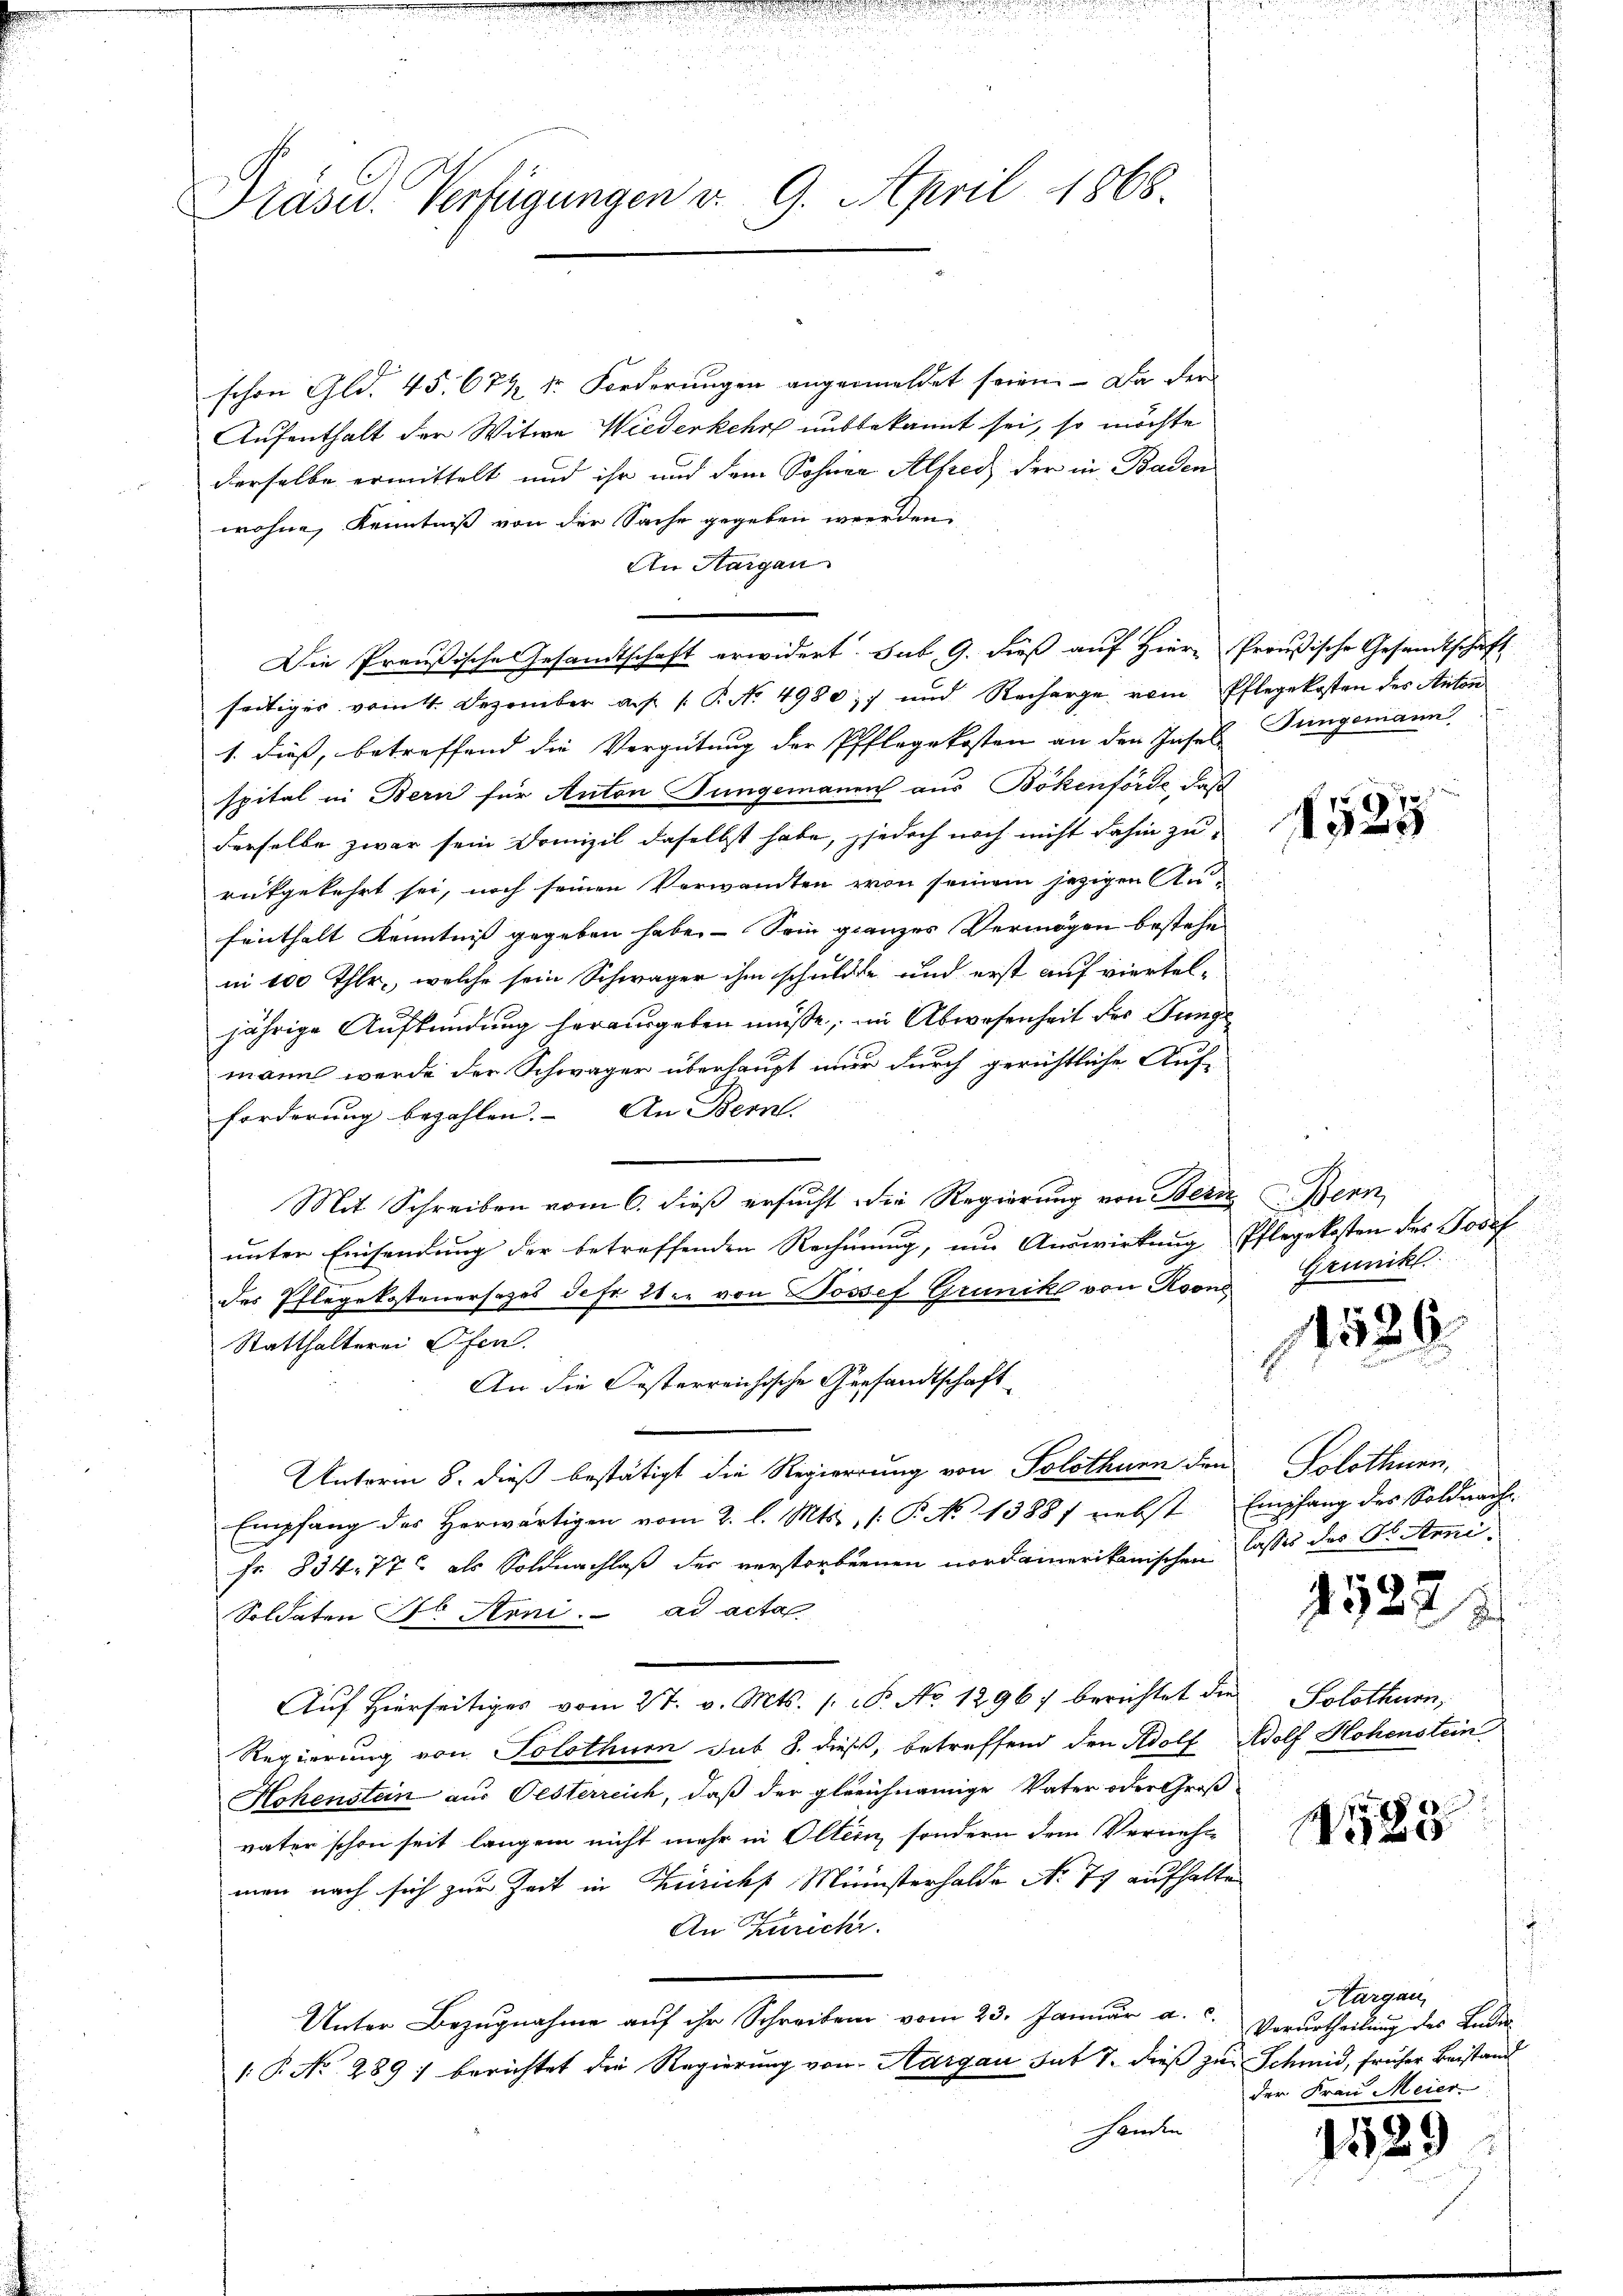
Präsid.. Verfügungen v. 9. April 1868.

schon Gld. 45. 674 der Forderungen angemeldet seien. – Da der
Aufenthalt der Witwe Wiederkehr unbekannt sei, so möchte
derselbe ermittelt und ihr und dem Sohnen Alfred der in Baden
wohne, Kenntniß von der Sache gegeben werden.
An Aargau
Die Preußische Gesandtschaft erwidert. sub. 9. dieß auf Hiern Preußische Gesandtschaft
seitiges vom 4. Dezember a. p. P. No 4980; und Recharge vom Pflegekosten des Anton
1. dieß, betreffend die Vergütung der Pflegekosten an den Josef Jungemann
spital in Bern für Anton Jungemanen aus Bökenförde, daß
derselbe zwar sein Domizil daselbst habe, jjedoch noch nicht dahin zu
rükgekehrt sei, noch seinen Verwandten von seinem jezigen An-
fenthalt Kenntniß gegeben habe. - Sein ganzes Vermögen bestehe
nn 100 Thlr., welche sein Schwäger ihm schuldte und erst auf vierteljährige Aufkündung herausgeben müsse, im Abwesenheit der Dünge
mann werde der Schwäger überhaupt immer durch gerichtliche Auf-
forderung bezahlen. An Bern.
Mit Schreiben vom 6. dieß ersucht die Regierung von Bern
unter Einsendung der betreffenden Rechnung, um Auswirkung Pflegekosten des Josef
des Pflegekostenersages Jefr. 28. von Josef Grunike von Kons
Statthalterei Ofen.
An die Festerreichische Gesandtschaft
Unterm 8. dieß bestätigt die Regierung von Solothurn den
Empfang des Herwärtigen vom 2. l. Mts., /: P. No 1388f nebst Empfang des Soldnach-
fr. 834. 77 als Soldnachlaß der verstorbennen nordamerikanischen lasses des Dr. Steue
Soldaten F. Aoni. ad acta
Auf hierseitiges vom 27. v. Mts. 1. P. No 1296) berichtet die
Regierung von Solothur sub 8. dieß, betreffend den Adolf Adolf Hohenstein
Hohenstein aus Oesterreich, daß der gleichnamige Vater oder Großvater schon seit langen nicht mehr in Oltern, sondern dem Vernehme
men nach sich zur Zeit in Zürichs Ministerhalde No 79 aufhalte
An Zürich.
Unter Bezugnahme aŭf ihr Schreiben vom 23. Januar a. c.
.P. No 289: berichtet die Regierung von Aargau sub 7. dieß zur Schmid, früher Beistand
 Kerken

e
2

Dasein
u
Grunckt.

11526.

Solothurn.
i
4522
u

Solothurn,

No

Hargau,
Verurtheilung des Badis
der Frau Meier

1529